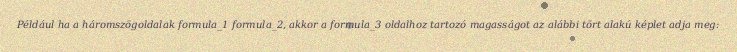
Például ha a háromszögoldalak formula_1 formula_2, akkor a formula_3 oldalhoz tartozó magasságot az alábbi tört alakú képlet adja meg: